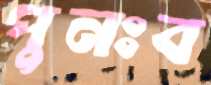
পুনঃব